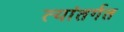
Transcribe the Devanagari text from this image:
त्यांतर्गत